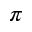
\pi